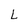
Character: L